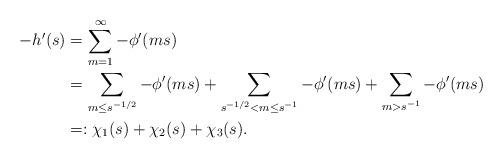
LaTeX: \begin{align*} -h'(s) & = \sum_{m=1}^{\infty} -\phi'(ms)\\& = \sum_{m \leq s^{-1/2}}-\phi'(ms) + \sum_{s^{-1/2} < m \leq s^{-1}}-\phi'(ms) + \sum_{m > s^{-1}} -\phi'(ms)\\& =: \chi_1(s)+\chi_2(s)+\chi_3(s).\end{align*}